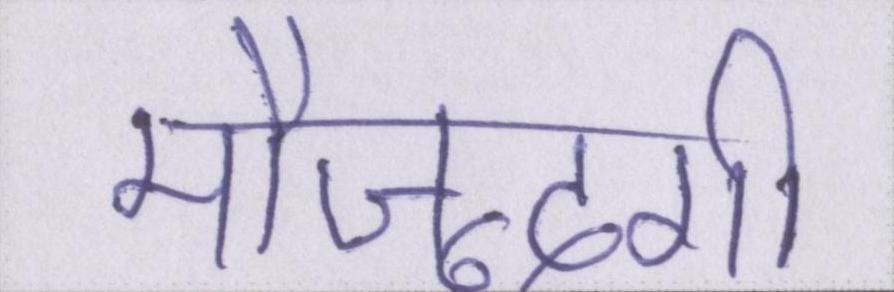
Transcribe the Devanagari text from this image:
मौजूदगी